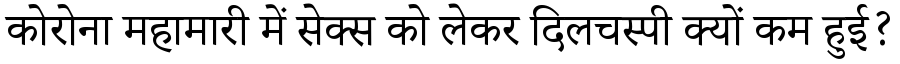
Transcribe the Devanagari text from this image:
कोरोना महामारी में सेक्स को लेकर दिलचस्पी क्यों कम हुई?